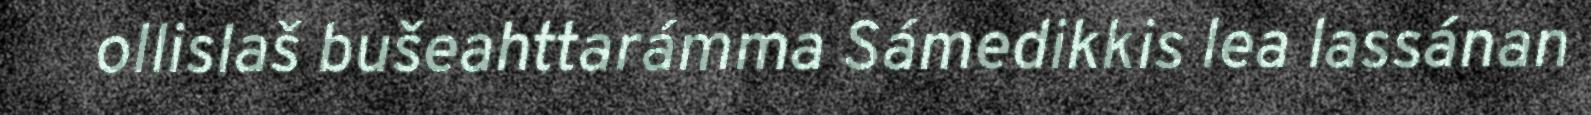
ollislaš bušeahttarámma Sámedikkis lea lassánan